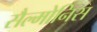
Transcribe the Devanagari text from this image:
सैल्मोनिस